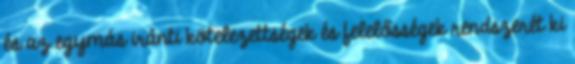
és az egymás iránti kötelezettségek és felelősségek rendszerét ki